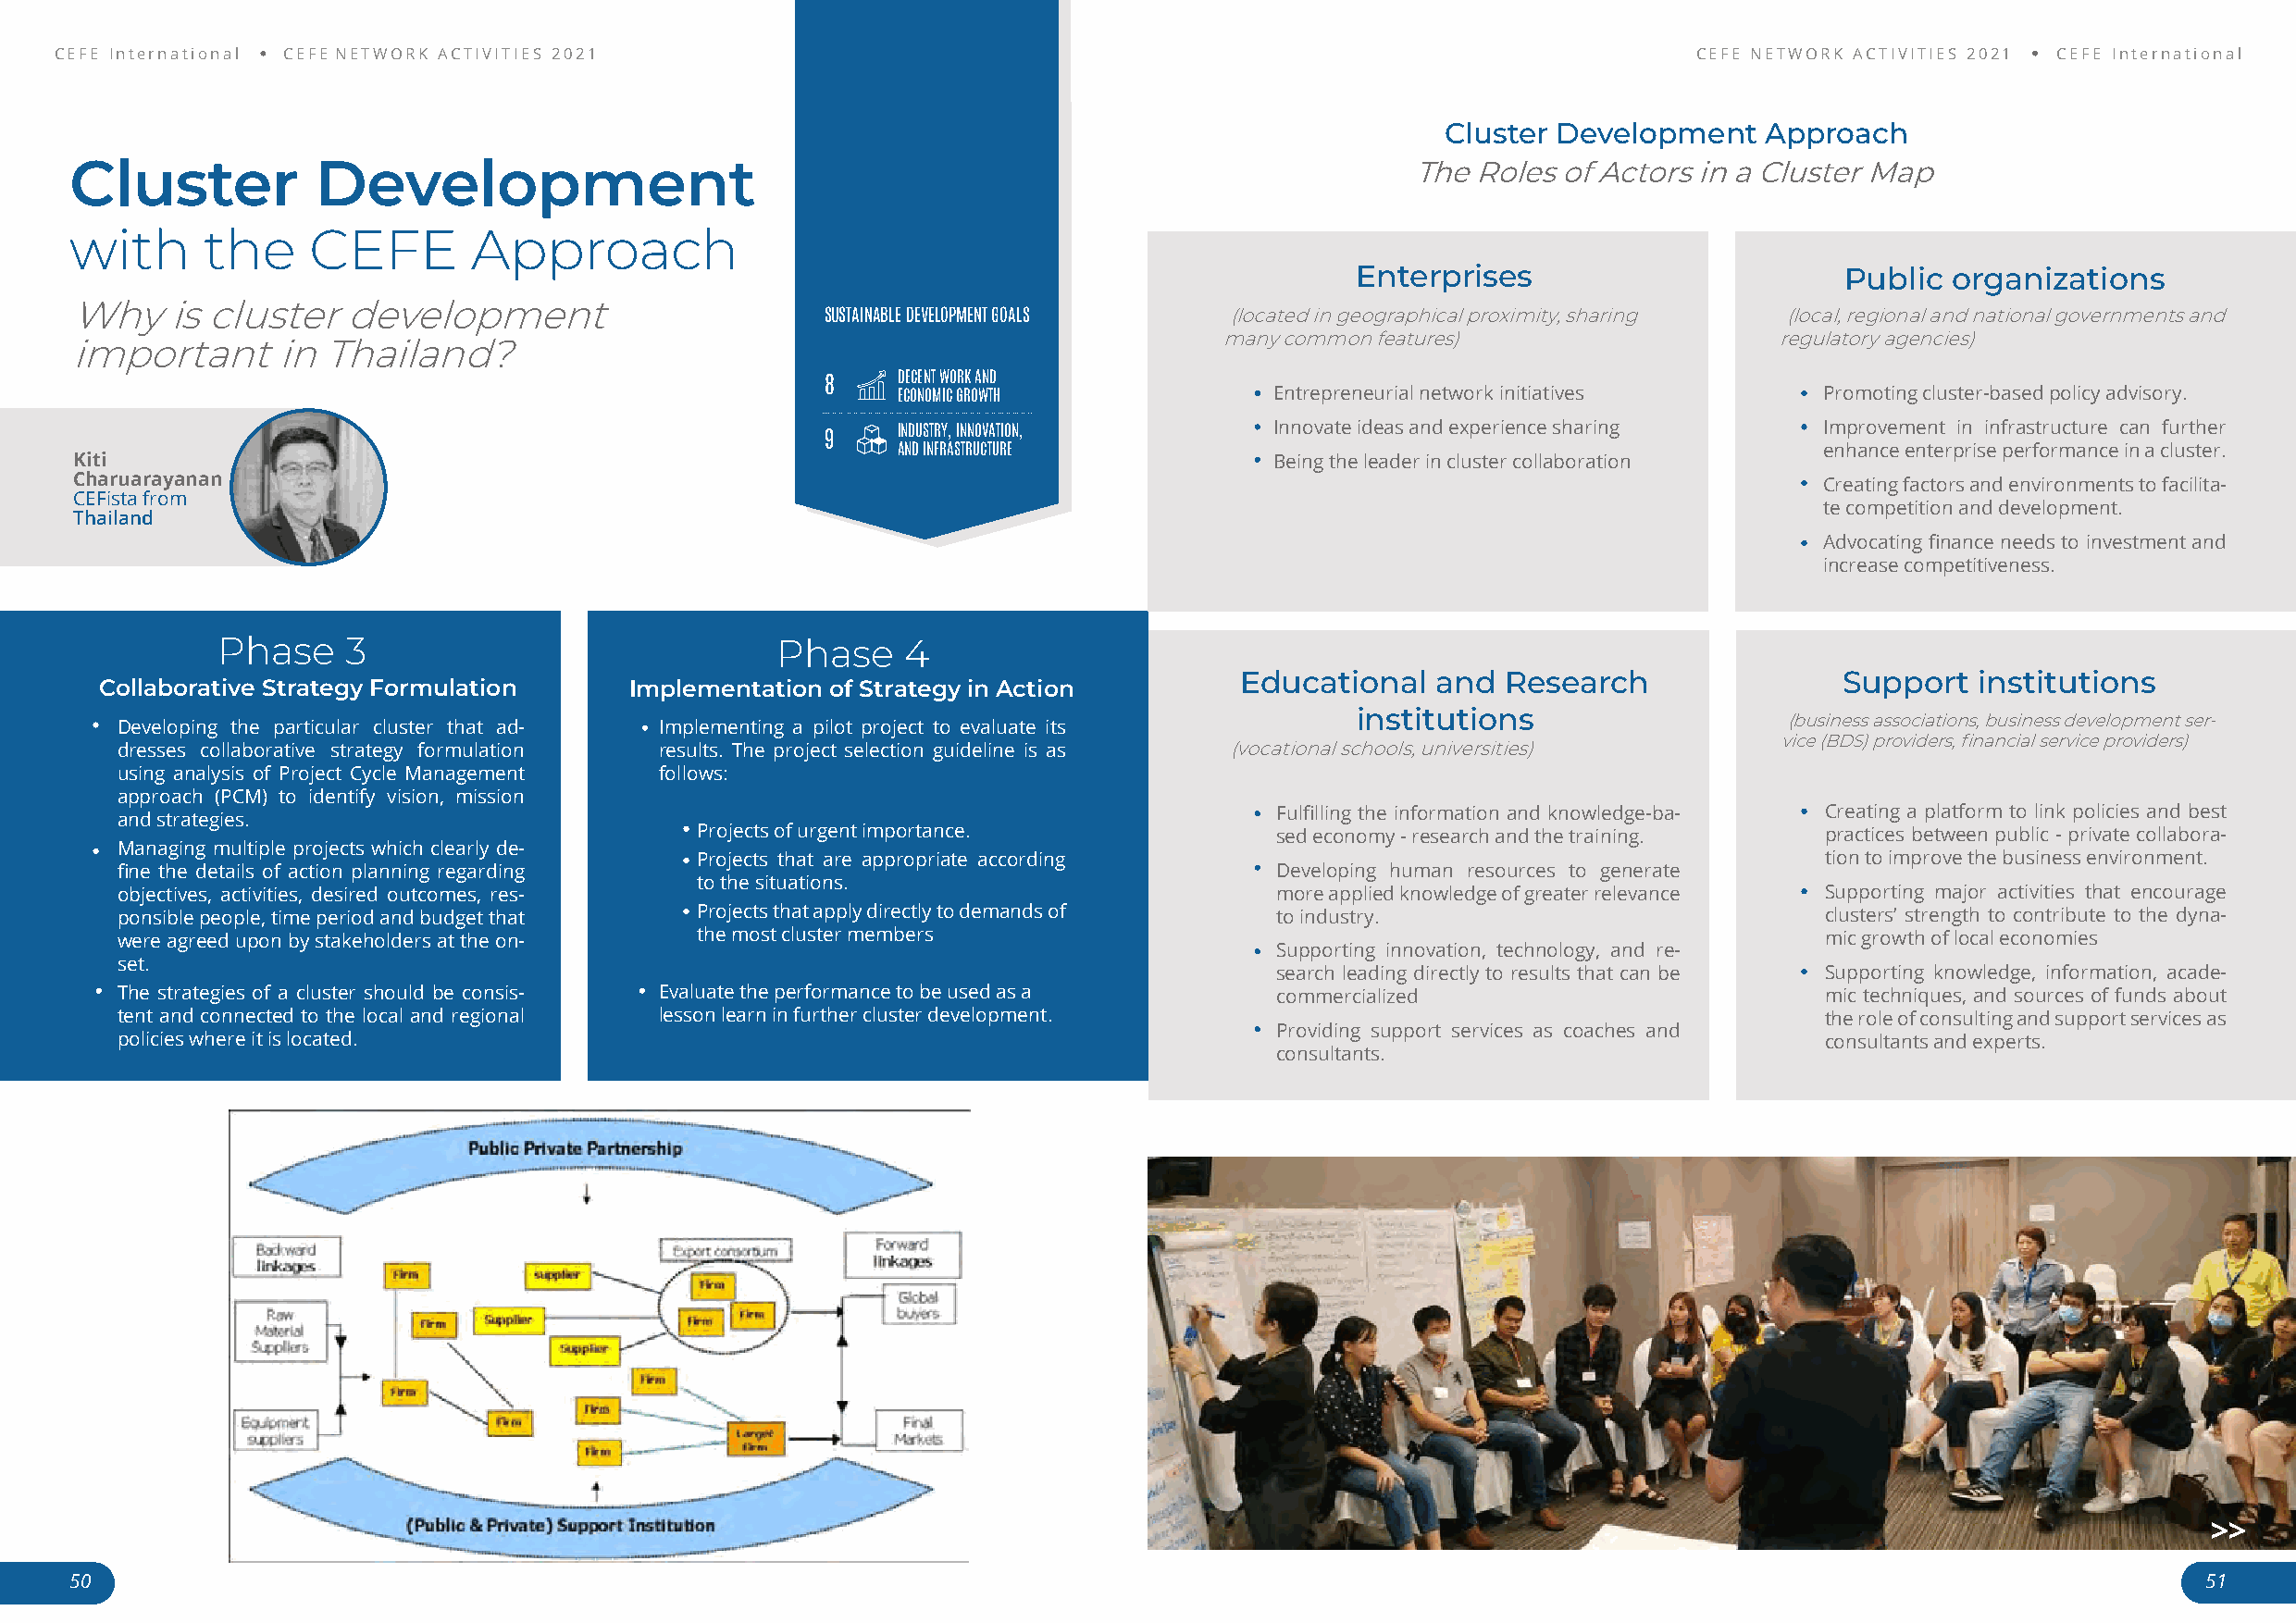
CEFE International CEFE NETWORK ACTIVITIES 2021                                                                      CEFE NETWORK ACTIVITIES 2021 CEFE International
 Cluster Development    Approach
 Cluster           Development                                                                   The Roles  of Actors in a Cluster Map
 with      the    CEFE        Approach
 Enterprises                        Public  organizations
 Why    is cluster   development
 SUSTAINABLE DEVELOPMENT GOALS (located in geographical proximity, sharing (local, regional and national governments and
 many common features)                   regulatory agencies)
 important      in Thailand?
 DECENT WORK AND
 8
 ECONOMIC GROWTH            Entrepreneurial network initiatives    Promoting cluster-based policy advisory.
 Innovate ideas and experience sharing  Improvement in infrastructure can further
 INDUSTRY, INNOVATION,
 9
 AND INFRASTRUCTURE                                                enhance enterprise performance in a cluster.
 Kiti                                                                                  Being the leader in cluster collaboration
 Charuarayanan                                                                                                                Creating factors and environments to facilita-
 CEFista from
 te competition and development.
 Thailand
 Advocating finance needs to investment and
 increase competitiveness.
 <<
 Phase    3                              Phase    4
 Educational   and  Research                Support   institutions
 Collaborative Strategy Formulation    Implementation of Strategy in Action
 institutions
 (business associations, business development ser-
 Developing the particular cluster that ad- Implementing a pilot project to evaluate its
 vice (BDS) providers, financial service providers)
 dresses collaborative strategy formulation results. The project selection guideline is as (vocational schools, universities)
 using analysis of Project Cycle Management follows:
 approach (PCM) to identify vision, mission
 Fulfilling the information and knowledge-ba- Creating a platform to link policies and best
 and strategies.
 Projects of urgent importance.           sed economy - research and the training. practices between public - private collabora-
 Managing multiple projects which clearly de-
 Projects that are appropriate according                                          tion to improve the business environment.
 fine the details of action planning regarding                                      Developing human resources to generate
 to the situations.
 objectives, activities, desired outcomes, res-                                     more applied knowledge of greater relevance Supporting major activities that encourage
 ponsible people, time period and budget that Projects that apply directly to demands of to industry.                       clusters’ strength to contribute to the dyna-
 were agreed upon by stakeholders at the on- the most cluster members                                                       mic growth of local economies
 Supporting innovation, technology, and re-
 set.
 search leading directly to results that can be Supporting knowledge, information, acade-
 The strategies of a cluster should be consis- Evaluate the performance to be used as a commercialized                      mic techniques, and sources of funds about
 tent and connected to the local and regional lesson learn in further cluster development.                                  the role of consulting and support services as
 Providing support services as coaches and
 policies where it is located.                                                                                              consultants and experts.
 consultants.
 >>
 50                                                                                                                                                       51